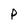
Character: P